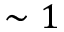
\sim 1